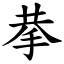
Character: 拲